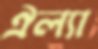
ঐল্যা